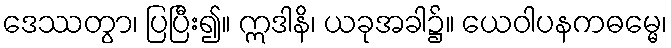
ဒေဿတွာ၊ ပြပြီး၍။ ဣဒါနိ၊ ယခုအခါ၌။ ယေဝါပနကဓမ္မေ၊